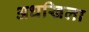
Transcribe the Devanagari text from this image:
अधखिला